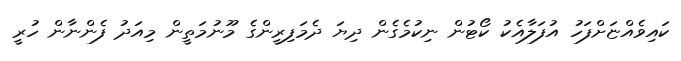
ކައިވެއްޏަށްފަހު އުފަލާއެކު ކޯޓުން ނިކުމެގެން ދިޔަ ދެމަފިރީންގެ މޫނުމަތީން މިއަދު ފެންނާން ހުރީ